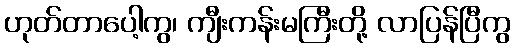
ဟုတ်တာပေါ့ကွ၊ ကျီးကန်းမကြီးတို့ လာပြန်ပြီကွ